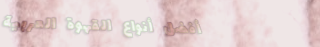
أفضل أنواع القهوة العربية